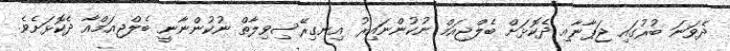
ދެވަނަ ބުރުގައި ޖަޕާނާއި ދެކޮޅަށް ބެލްޖިއަމް ނުކުންނައިރު އިނގިރޭސިވިލާތް ނުކުންނާނީ ބެލްޖިއަމްއާ ދެކޮޅަށެވެ.